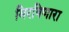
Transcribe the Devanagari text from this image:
मिरविणारा